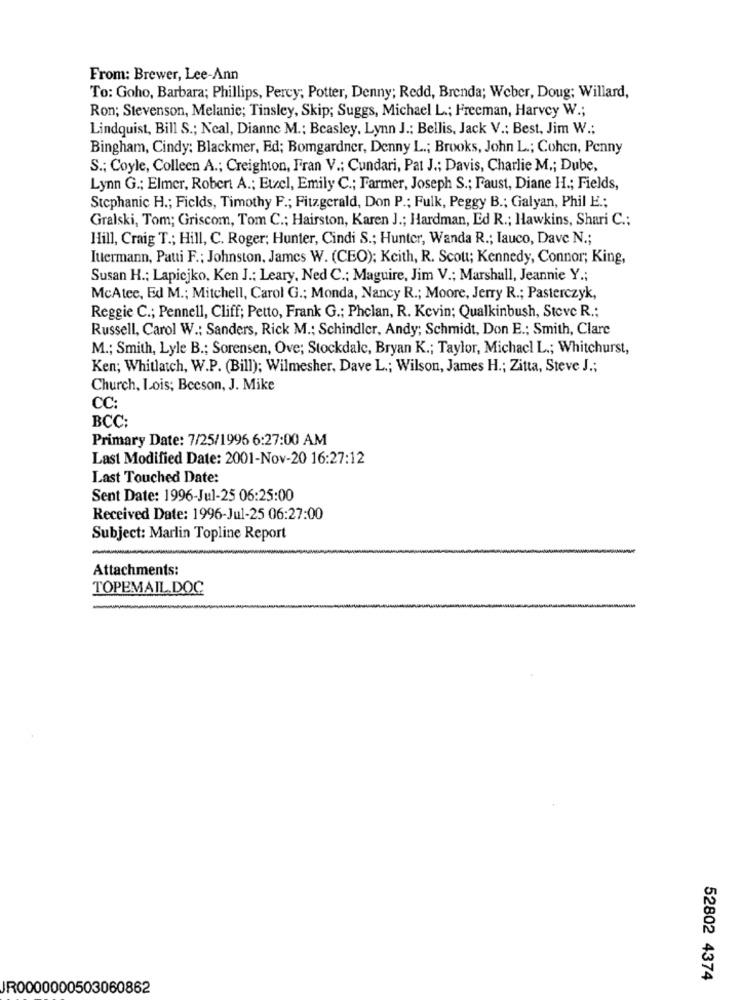
From: Brewer, Lee-Ann
To: Goho, Barbara; Phillips, Percy; Potter, Denny; Redd, Brenda; Weber, Doug; Willard,
Ron; Stevenson, Melanie; Tinsley, Skip; Suggs, Michael L .; Freeman, Harvey W .;
Lindquist, Bill S .; Neal, Dianne M .: Beasley, Lynn J .: Bellis, Jack V .: Best, Jim W .:
Bingham, Cindy: Blackmer, Ed; Bomgardner, Denny L .; Brooks, John L .; Cohen, Penny
S .; Coyle, Colleen A .; Creighton, Fran V .; Cundari, Pat J .; Davis, Charlie M .; Dube,
Lynn G .; Elmer, Robert A .; Etel, Emily C .; Farmer, Joseph S .; Faust, Diane H .; Fields,
Stephanic H .; Fields, Timothy F .; Fitzgerald, Don P .; Fulk, Peggy B .; Galyan, Phil E .;
Gralski, Tom; Griscom, Tom C .; Hairston, Karen J .; Hardman, Ed R .; Hawkins, Shari C .;
Hill, Craig T .; Hill, C. Roger; Hunter, Cindi S .; Hunter, Wanda R .; Tauco, Dave N .;
Ittermann, Patti F .: Johnston, James W. (CEO); Keith, R. Scott; Kennedy, Connor; King,
Susan H .; Lapiejko, Ken J .: Leary, Ned C .: Maguire, Jim V .; Marshall, Jeannie Y .;
McAtee, Ed M .; Mitchell, Carol G .; Monda, Nancy R .; Moore, Jerry R .; Pasterczyk,
Reggie C .; Pennell, Cliff; Petto, Frank G .; Phelan, R. Kevin; Qualkinbush, Steve R .:
Russell, Carol W .: Sanders, Rick M .; Schindler, Andy; Schmidt, Don E .; Smith, Clare
M .; Smith, Lyle B .; Sorensen, Ove; Stockdale, Bryan K .; Taylor, Michacl L .; Whitehurst,
Ken; Whitlatch, W.P. (Bill); Wilmesher, Dave L .; Wilson, James H .; Zitta, Steve J .;
Church, Lois; Beeson, J. Mike
CC:
BCC:
Primary Date: 7/25/1996 6:27:00 AM
Last Modified Date: 2001-Nov-20 16:27:12
Last Touched Date:
Sent Date: 1996-Jul-25 06:25:00
Received Date: 1996-Jul-25 06:27:00
Subject: Marlin Topline Report
Attachments:
TOPEMAIL.DOC
52802 4374
JR0000000503060862